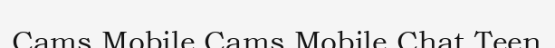
Cams Mobile Cams Mobile Chat Teen